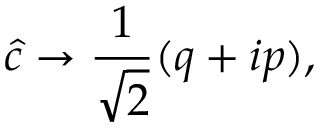
\hat { c } \to \frac { 1 } { \sqrt { 2 } } ( q + i p ) ,